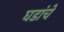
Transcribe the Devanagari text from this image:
घडांचे